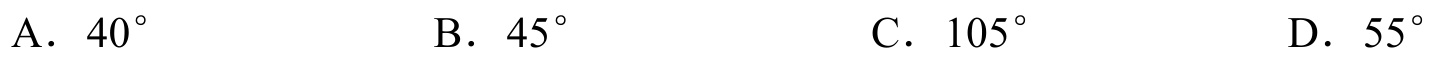
A．\(40^{\circ}\)  B．\(45^{\circ}\)  C．\(105^{\circ}\)  D．\(55^{\circ}\)